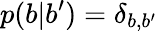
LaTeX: p(b|b^{\prime})=\delta_{b,b^{\prime}}